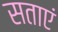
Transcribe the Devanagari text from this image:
सताएं